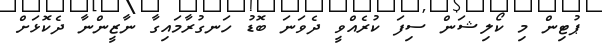
ޕުޓިން މި ކޯލިޝަން ސިފަ ކުރެއްވީ ދެވަނަ ބޮޑު ހަނގުރާމައިގާ ނާޒީންނާ ދެކޮޅަށް